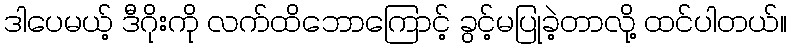
ဒါပေမယ့် ဒီဂိုးကို လက်ထိဘောကြောင့် ခွင့်မပြုခဲ့တာလို့ ထင်ပါတယ်။